Scottish Leaving Certificate Examination, 1952
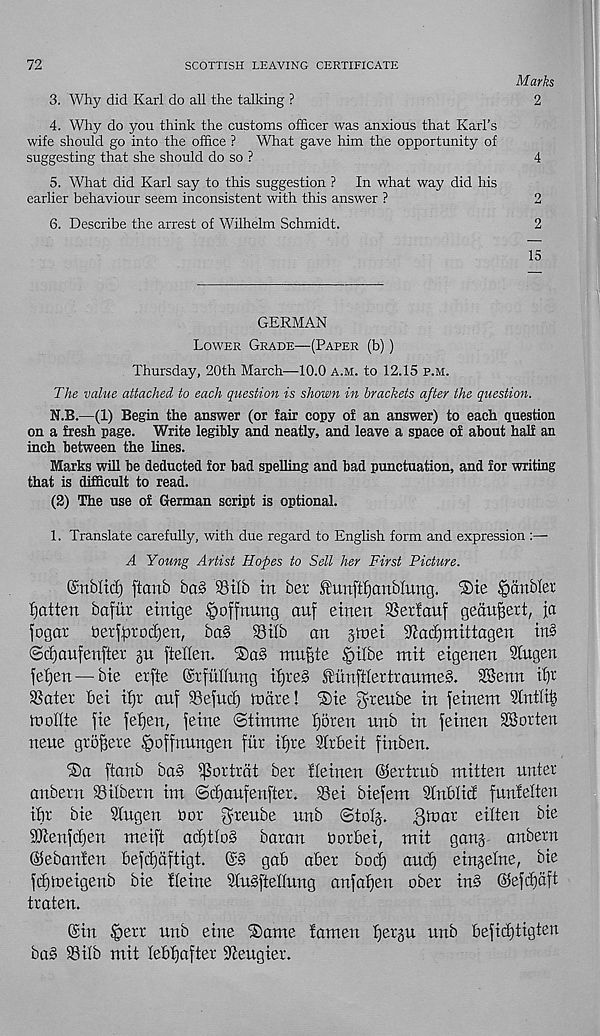
72
SCOTTISH LEAVING CERTIFICATE
Marks
3. Why did Karl do all the talking ?
2
4. Why do you think the customs officer was anxious that Karl’s
wife should go into the office ? What gave him the opportunity of
suggesting that she should do so ?
4
5. What did Karl say to this suggestion ? In what way did his
earlier behaviour seem inconsistent with this answer ?
2
6. Describe the arrest of Wilhelm Schmidt.
2
15
GERMAN
Lower Grade—(Paper (b))
Thursday, 20th March—10.0 a.m. to 12.15 p.m.
The value attached to each question is shown in brackets after the question.
N.B.—(1) Begin the answer (or fair copy of an answer) to each question
on a fresh page. Write legibly and neatly, and leave a space of about half an
inch between the lines.
Marks will be deducted for bad spelling and bad punctuation, and for writing
that is difficult to read.
(2) The use of German script is optional.
1. Translate carefully, with due regard to English form and expression :—
A Young Artist Hopes to Sell her First Picture.
©nbltd) ftcmb ba§ 95ilb in bet ^unftfjanblung. 'Ste |>anbler
{jatten bafitr etntge .'goffnung auf etnen SSertanf geaufjert, ja
fogar berf;prod)en, ba§ Sitb an gtoet Stadimittagen in§
<Sd)aufenfter §n ftelten. ®a§ ningte .'pitbe mit etgenen Stugen
fet)en — bte erfte ©rfiiltung tf)re§ ^unftlertraume§. 2Benn tt)i
33ater bet tf)r auf Sefud) mare! ®ie greube in feinem 3tntli|
mollte fie fetjen, feine ©timme fjoren unb in feinen Gotten
neite grofsere ^offnungen fitr it)re Strbeit finben.
®a ftanb ba§ ^ortrdt ber tfeinen ©ertrub mitten unter
anbern
if bent im ©d)aufenfter. 33ei biefem Stnbfict funteften
ifit bie Stugeu Dor greube nnb ©tofj.
silten bie
50tenfct)en meift acf)tfo§ baton borbei, mit gang anbern
©ebanfen befctiaftigt. ©§ gab aber bodj and) eingelne, bie
fdfmeigenb bie fleine SfuSfteffung anfatfen ober in§ ©efdiaft
traten.
©in fpett unb eine ®ame tauten t)er§u nnb befid)tigten
ba§ 93itb mit tebt)after Stiengier.